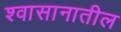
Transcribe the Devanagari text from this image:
श्वासानातील